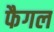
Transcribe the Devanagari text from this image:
फैगल